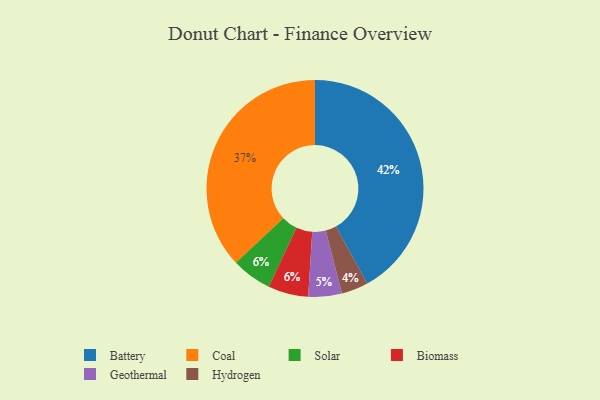
{"axis": {"x": "Category", "y": "Percentage"}, "legend": ["Battery", "Biomass", "Coal", "Geothermal", "Hydrogen", "Solar"], "data": [{"x": "Geothermal", "y": 5, "type": "Geothermal"}, {"x": "Coal", "y": 37, "type": "Coal"}, {"x": "Solar", "y": 6, "type": "Solar"}, {"x": "Hydrogen", "y": 4, "type": "Hydrogen"}, {"x": "Battery", "y": 42, "type": "Battery"}, {"x": "Biomass", "y": 6, "type": "Biomass"}]}